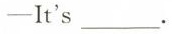
—It's ___.